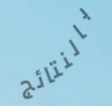
بالنتائج